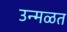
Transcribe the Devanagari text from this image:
उन्मळत